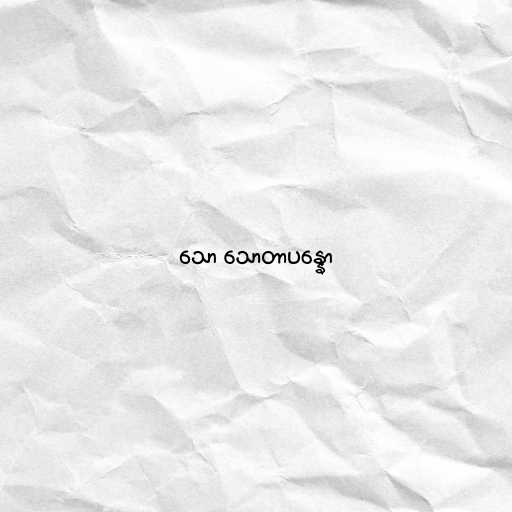
သော သောတာပန္နော